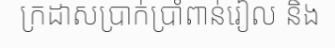
ក្រដាសប្រាក់ប្រាំពាន់រៀល និង